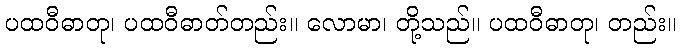
ပထဝီဓာတု၊ ပထဝီဓာတ်တည်း။ လောမာ၊ တို့သည်။ ပထဝီဓာတု၊ တည်း။